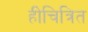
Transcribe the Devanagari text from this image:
हीचित्रित